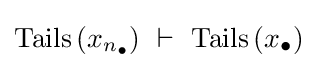
\operatorname {Tails} \left(x_{n_{\bullet }}\right)~\vdash ~\operatorname {Tails} \left(x_{\bullet }\right)